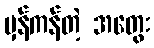
မှန်ကန်တဲ့ အတွေး